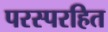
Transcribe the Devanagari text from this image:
परस्परहित